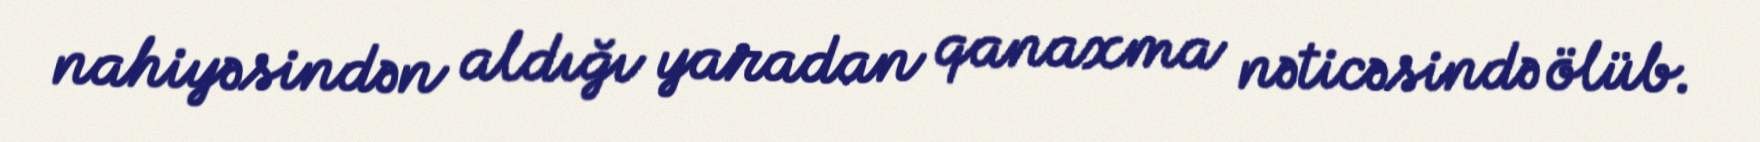
nahiyəsindən aldığı yaradan qanaxma nəticəsində ölüb.